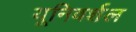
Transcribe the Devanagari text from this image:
यूनिवर्शल